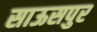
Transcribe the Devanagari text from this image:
साऊसपुर